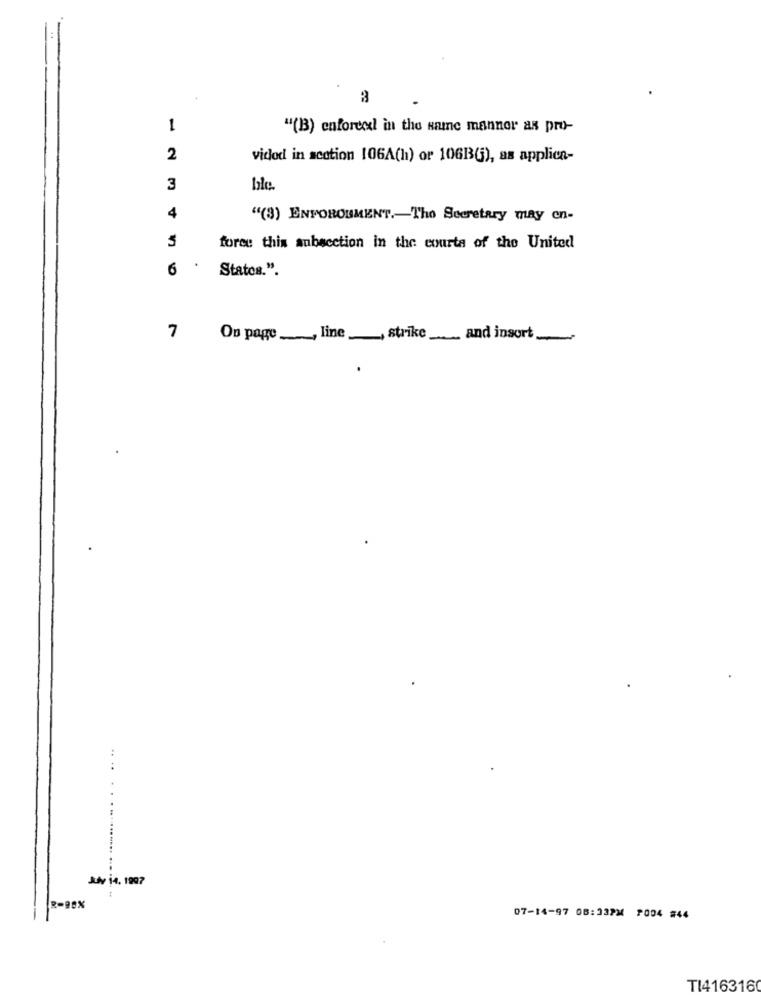
1
"(B) enforced in the same manner as pro-
2
vidod in section 106A(h) or 106B(j), as applica-
3
4
"(3) ENFOROUMENT .- Tho Secretary may en-
5
force this subsection in the courta of the United
6
Statos.".
7
On page _, line _, strike ___ and insort
Jfv 14. 1997
07-14-97 08:33PM P004 #44
TI4163160